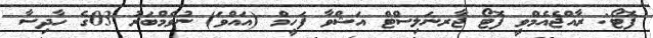
ފޮޓޯ: ރާއްޖެއެމްވީ ފޮޓޯ ޖާރނަލިސްޓް އަޝްވާ ފަހީމް (އައްވަ) ނުވެމްބަރު 03ގެ ހާދިސާ